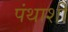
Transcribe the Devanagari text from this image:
पंथाशी